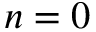
n = 0